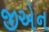
જીએન